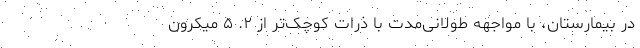
در بیمارستان، با مواجهه طولانی‌مدت با ذرات کوچک‌تر از ۲. ۵ میکرون